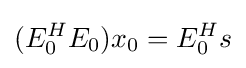
(E_{0}^{H}E_{0})x_{0}=E_{0}^{H}s